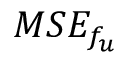
M S E _ { f _ { u } }